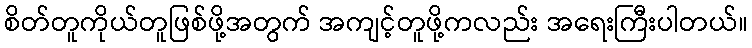
စိတ်တူကိုယ်တူဖြစ်ဖို့အတွက် အကျင့်တူဖို့ကလည်း အရေးကြီးပါတယ်။